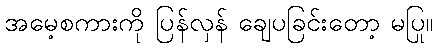
အမေ့စကားကို ပြန်လှန် ချေပခြင်းတော့ မပြု။